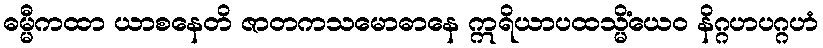
ဓမ္မီကထာ ယာစနေတိ ဇာတကသမောဓာနေ ဣရိယာပထသ္မိံယေဝ နိဂ္ဂဟပဂ္ဂဟံ